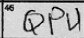
Transcription: QPU